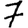
Digit: 7